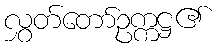
လွှတ်တော်ဥက္ကဋ္ဌ၏